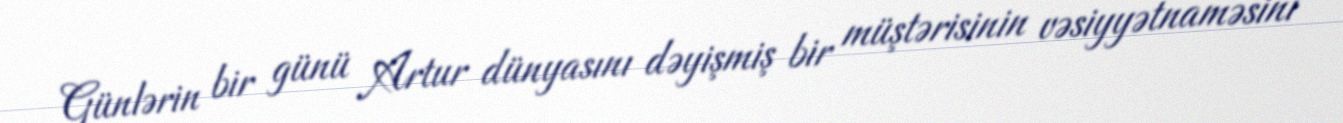
Günlərin bir günü Artur dünyasını dəyişmiş bir müştərisinin vəsiyyətnaməsini